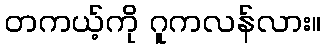
တကယ့်ကို ဂူကလန်လား။